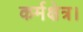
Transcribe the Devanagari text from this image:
कर्मक्षेत्र।